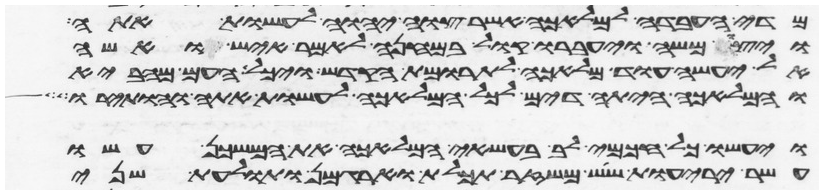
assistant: מדי העבדה למלאכה אשר צוה יהוה לעשות אתה
ויצו משה ויעברו קול במחנה לאמר איש ואשה
אל יעשה עוד מלאכה לתרומת הקדש ויכל העם מהביא
והמלאכה היתה דים לכל המלאכה לעשות אתה והותירו
ויעשו כל חכמי לב בעשאי המלאכה את המשכן עשו
עשר יריעות שש משזר תכלת וארגמן ותולעת שני